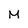
Character: M